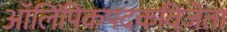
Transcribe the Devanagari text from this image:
ऑलिंपिकपदकविजेता